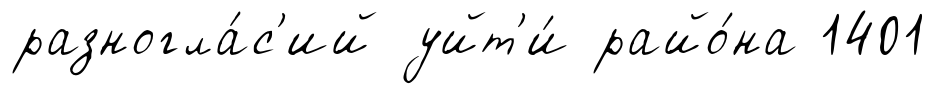
разногла́с'ий уйт'и́ райо́на 1401